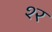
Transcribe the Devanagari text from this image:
श्‍र